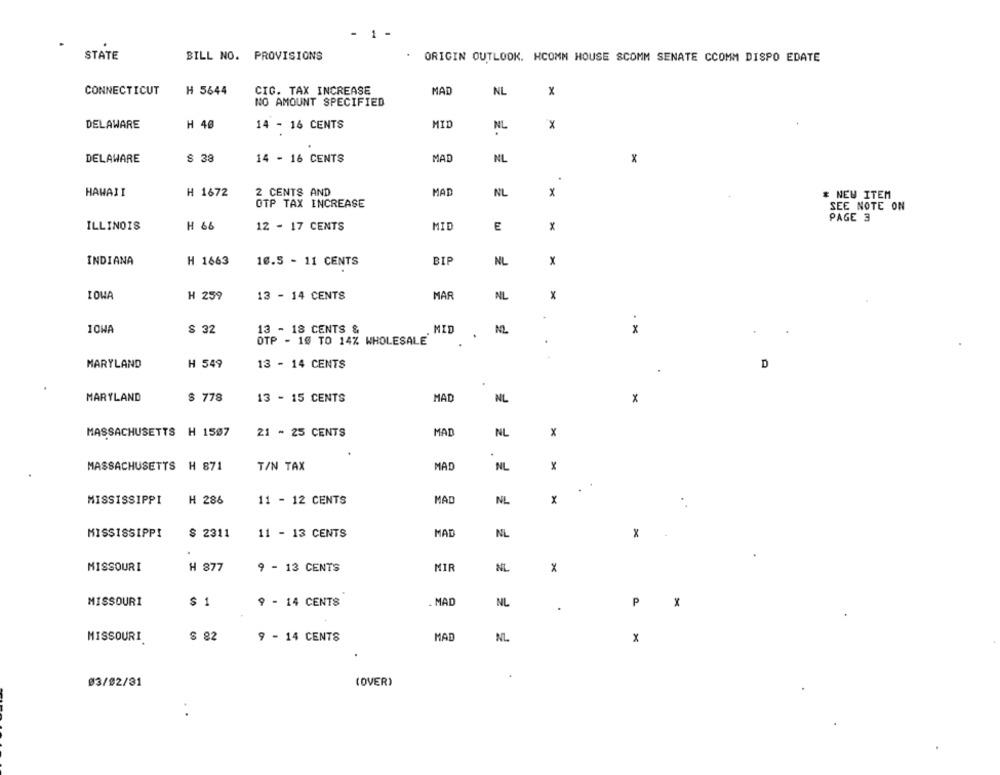
1
STATE
BILL NO. PROVISIONS
ORIGIN OUTLOOK. HCOMM HOUSE SCOMM SENATE CCOMM DISPO EDATE
CONNECTICUT
H 5644
CIG. TAX INCREASE
MAD
NL
x
NO AMOUNT SPECIFIED
DELAWARE
14 - 16 CENTS
MID
H 40
NL
DELAWARE
$ 38
14 - 16 CENTS
MAD
NL
HAWAII
H 1672
2 CENTS AND
MAD
NL
x
* NEW ITEM
OTP TAX INCREASE
SEE NOTE ON
PAGE 3
H 66
12 - 17 CENTS
MID
x
ILLINOIS
E
INDIANA
H 1663
16.5 - 11 CENTS
BIP
NL
x
MAR
NL
x
IOWA
H 259
13 - 14 CENTS
IOWA
$ 32
13 - 18 CENTS &
MID
NL
x
OTP - 10 TO 14% WHOLESALE
4
MARYLAND
H 549
13 - 14 CENTS
D
MARYLAND
$ 778
13 - 15 CENTS
MAD
NL
x
MASSACHUSETTS H 1507
21 - 25 CENTS
MAL
NL
x
MASSACHUSETTS H 871
T/N TAX
MAD
x
NL
MISSISSIPPI
H 286
11 - 12 CENTS
MAD
NL
MISSISSIPPI
$ 2311
11 - 13 CENTS
MAD
NL
x
MIR
MISSOURI
H 877
9 - 13 CENTS
NL
x
MISSOURI
$ 1
9 - 14 CENTS
. MAD
NL
P
X
MISSOURI
$ 82
9 - 14 CENTS
MAD
NL.
x
03/02/31
(OVER)